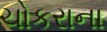
ચોકરાના